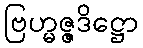
ဗြဟ္မဇ္ဇဒိဋ္ဌော